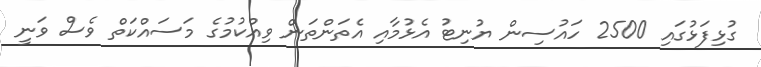
ގުޅިފަޅުގައި 2500 ހައުސިން ޔުނިޓު އެޅުމާއި އެތަންތަން ވިއްކުމުގެ މަސައްކަތް ވެސް ވަނީ